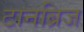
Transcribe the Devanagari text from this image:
टानब्रिज